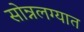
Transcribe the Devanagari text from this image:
सोन्नलग्यात